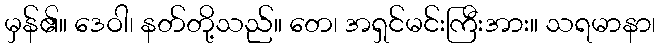
မှန်၏။ ဒေဝါ၊ နတ်တို့သည်။ တေ၊ အရှင်မင်းကြီးအား။ သရမာနာ၊